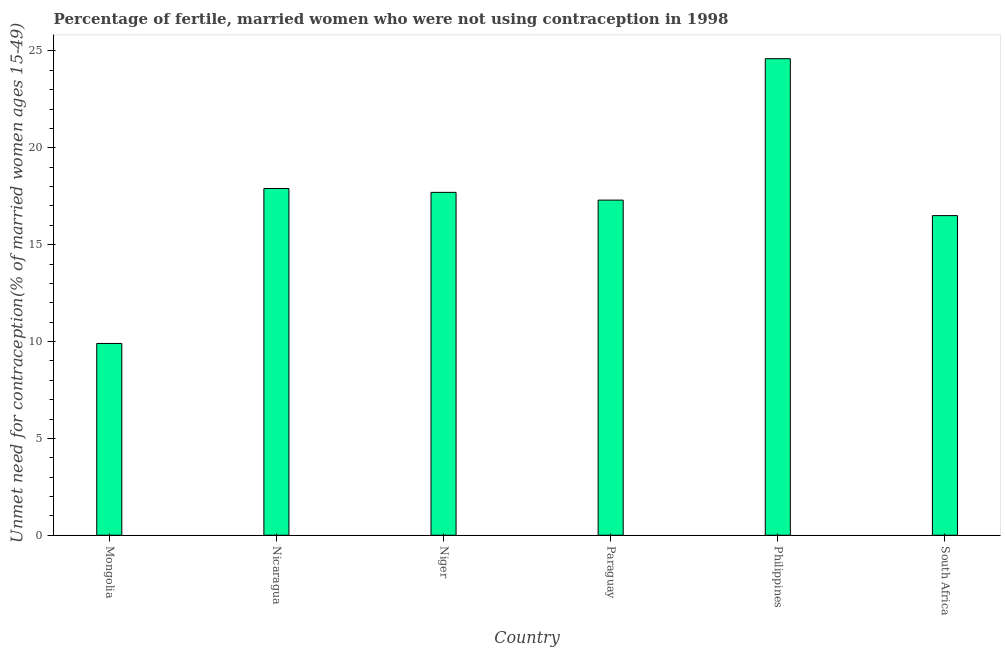
| Country | Unmet need for contraception |
 | --- | --- |
 | Mongolia | 9.9 |
 | Nicaragua | 17.9 |
 | Niger | 17.7 |
 | Paraguay | 17.3 |
 | Philippines | 24.6 |
 | South Africa | 16.5 |